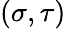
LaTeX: (\sigma,\tau)